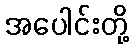
အပေါင်းတို့